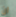
ان